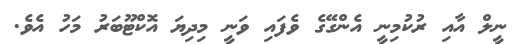
ނީލް އާއި ރުކުމިނީ އެންގޭގެ ވެފައި ވަނީ މިދިޔަ އޮކްޓޫބަރު މަހު އެވެ.